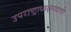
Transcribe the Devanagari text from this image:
उपराष्ट्राध्यक्षपदाची